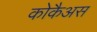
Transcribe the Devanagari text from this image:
कोकैअस